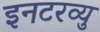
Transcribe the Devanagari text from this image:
इनटरव्यु